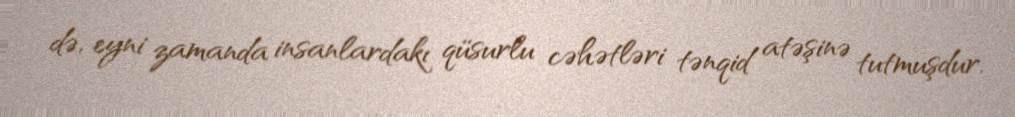
də, eyni zamanda insanlardakı qüsurlu cəhətləri tənqid atəşinə tutmuşdur.